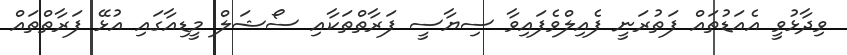
ވިދާޅުވީ އެއަޑުތައް ފަތުރަނީ ފެއިލްވެފައިވާ ސިޔާސީ ފަރާތްތަކާއި ސޯޝަލް މީޑިއާގައި އުޅޭ ފަރާތްތައް